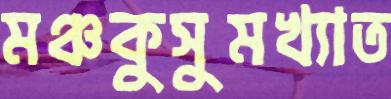
মঞ্চকুসুমখ্যাত